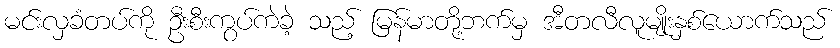
မင်းလှခံတပ်ကို ဦးစီးကွပ်ကဲခဲ့ သည့် မြန်မာတို့ဘက်မှ အီတလီလူမျိုးနှစ်ယောက်သည်